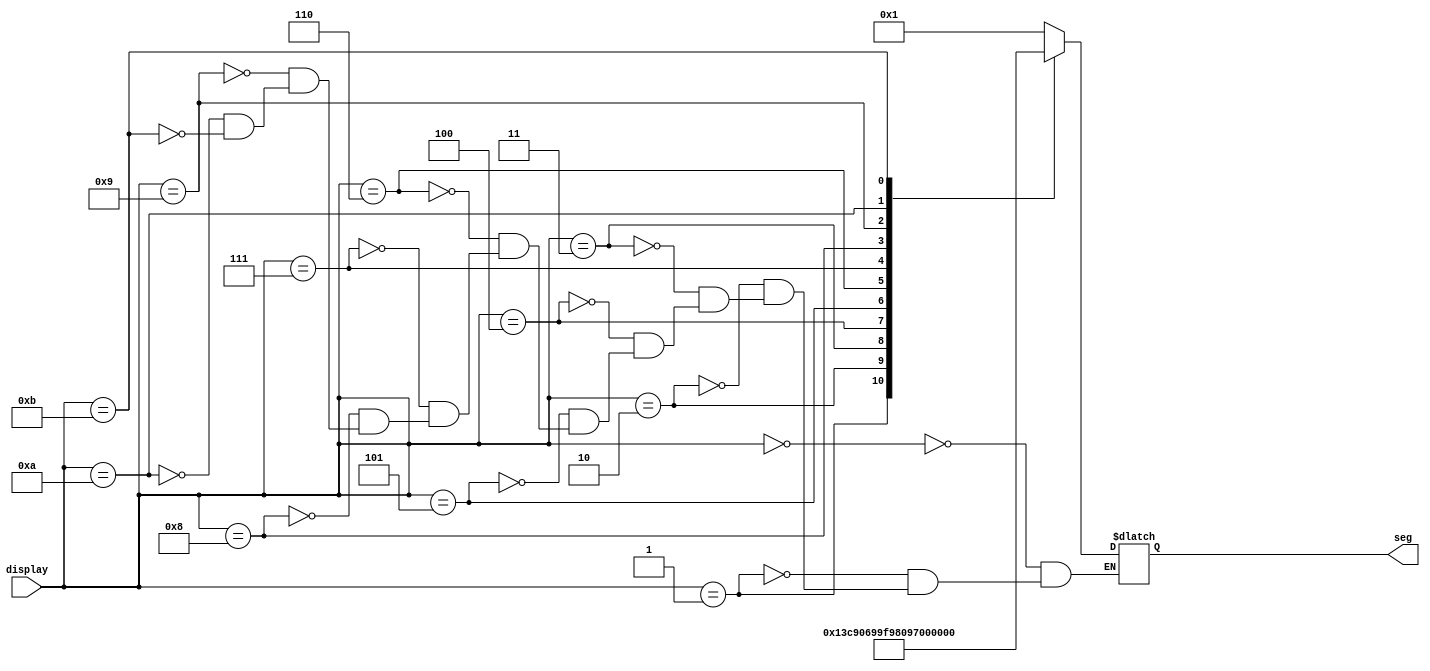
`timescale 1ns / 1ps
//////////////////////////////////////////////////////////////////////////////////
// Company: 
// Engineer: 
// 
// Design Name: 
// Module Name: svn_seg
// Project Name: 
// Target Devices: 
// Tool Versions: 
// Description: 
// 
// Dependencies: 
// 
// Revision:
// Revision 0.01 - File Created
// Additional Comments:
// 
//////////////////////////////////////////////////////////////////////////////////




module svn_seg(input[3:0]display, output reg[6:0]seg);

always @(display)
begin
case(display)

0:seg=7'b0000001;//O
1:seg=7'b1001111;// 1 
2:seg=7'b0010010;//2 
3:seg=7'b0000110;//3 
4:seg=7'b1001100;//4 
5:seg=7'b1111110;// -
6:seg=7'b0110000;//E 
7:seg=7'b0001001;//N 
8:seg=7'b0111000;//F
9:seg=7'b1000001;//U
10:seg=7'b1110001;// L 
11:seg=7'b0011000;//P

  



endcase
end  
endmodule